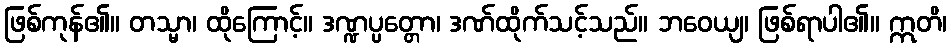
ဖြစ်ကုန်၏။ တသ္မာ၊ ထိုကြောင့်။ ဒဏ္ဍပ္ပတ္တော၊ ဒဏ်ထိုက်သင့်သည်။ ဘဝေယျ၊ ဖြစ်ရာပါ၏။ ဣတိ၊